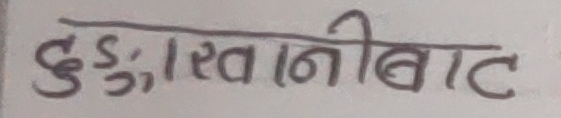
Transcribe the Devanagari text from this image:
दुःखाीबाट